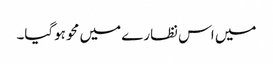
میں اس نظارے میں محو ہوگیا۔